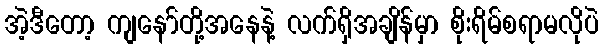
အဲ့ဒီတော့ ကျနော်တို့အနေနဲ့ လက်ရှိအချိန်မှာ စိုးရိမ်စရာမလိုပဲ